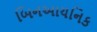
બિનઆયનિક